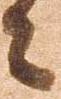
々